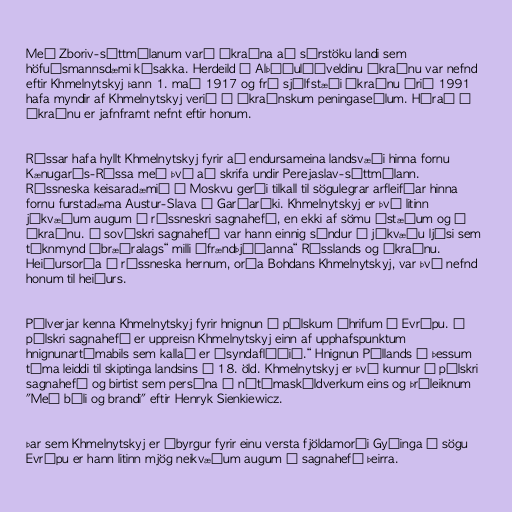
Með Zboriv-sáttmálanum varð Úkraína að sérstöku landi sem
höfuðsmannsdæmi kósakka. Herdeild í Alþýðulýðveldinu Úkraínu var nefnd
eftir Khmelnytskyj þann 1. maí 1917 og frá sjálfstæði Úkraínu árið 1991
hafa myndir af Khmelnytskyj verið á úkraínskum peningaseðlum. Hérað í
Úkraínu er jafnframt nefnt eftir honum.

Rússar hafa hyllt Khmelnytskyj fyrir að endursameina landsvæði hinna fornu
Kænugarðs-Rússa með því að skrifa undir Perejaslav-sáttmálann.
Rússneska keisaradæmið í Moskvu gerði tilkall til sögulegrar arfleifðar hinna
fornu furstadæma Austur-Slava í Garðaríki. Khmelnytskyj er því litinn
jákvæðum augum í rússneskri sagnahefð, en ekki af sömu ástæðum og í
Úkraínu. Í sovéskri sagnahefð var hann einnig sýndur í jákvæðu ljósi sem
táknmynd „bræðralags“ milli „frændþjóðanna“ Rússlands og Úkraínu.
Heiðursorða í rússneska hernum, orða Bohdans Khmelnytskyj, var því nefnd
honum til heiðurs.

Pólverjar kenna Khmelnytskyj fyrir hnignun á pólskum áhrifum í Evrópu. Í
pólskri sagnahefð er uppreisn Khmelnytskyj einn af upphafspunktum
hnignunartímabils sem kallað er „syndaflóðið.“ Hnignun Póllands á þessum
tíma leiddi til skiptinga landsins á 18. öld. Khmelnytskyj er því kunnur í pólskri
sagnahefð og birtist sem persóna í nútímaskáldverkum eins og þríleiknum
"Með báli og brandi" eftir Henryk Sienkiewicz.

Þar sem Khmelnytskyj er ábyrgur fyrir einu versta fjöldamorði Gyðinga í sögu
Evrópu er hann litinn mjög neikvæðum augum í sagnahefð þeirra.